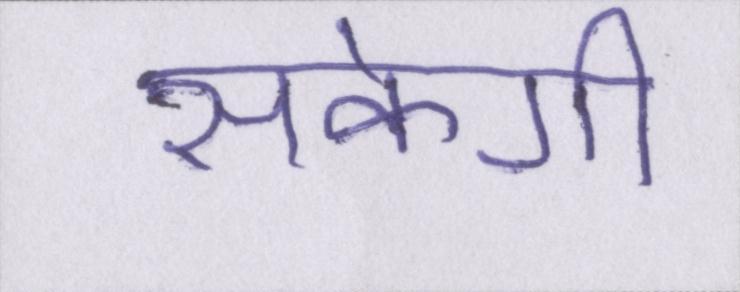
सकेगी